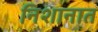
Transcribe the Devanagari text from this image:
निशानात